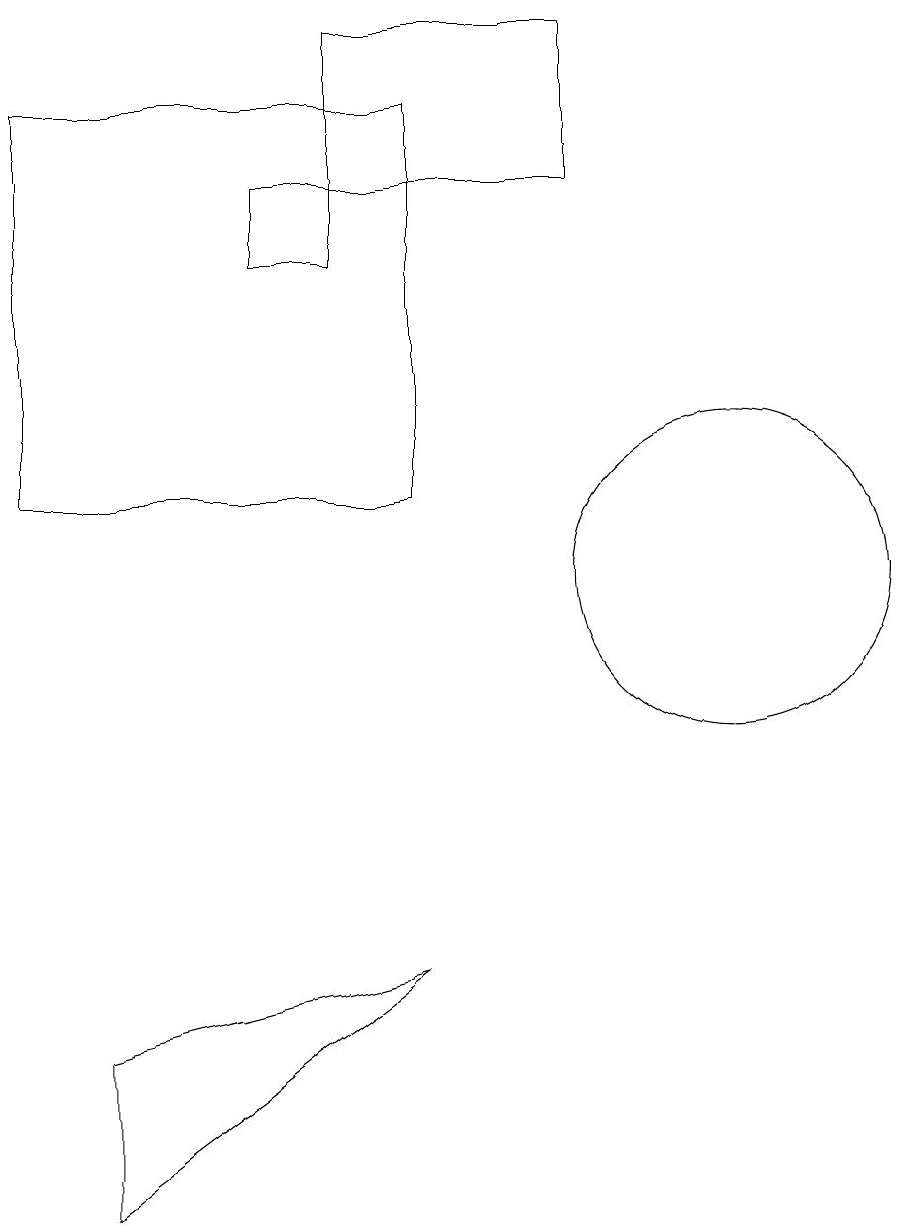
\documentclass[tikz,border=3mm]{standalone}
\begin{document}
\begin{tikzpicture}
\draw (7,11) rectangle (2,16);
\draw (6,15) rectangle (9,17);
\draw (3,2) -- (3,4) -- (7,5) -- cycle;
\draw (5,15) rectangle (6,14);
\draw (11,10) circle (2);
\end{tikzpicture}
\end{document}